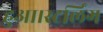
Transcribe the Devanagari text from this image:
हुआ।स्टर्लिंग